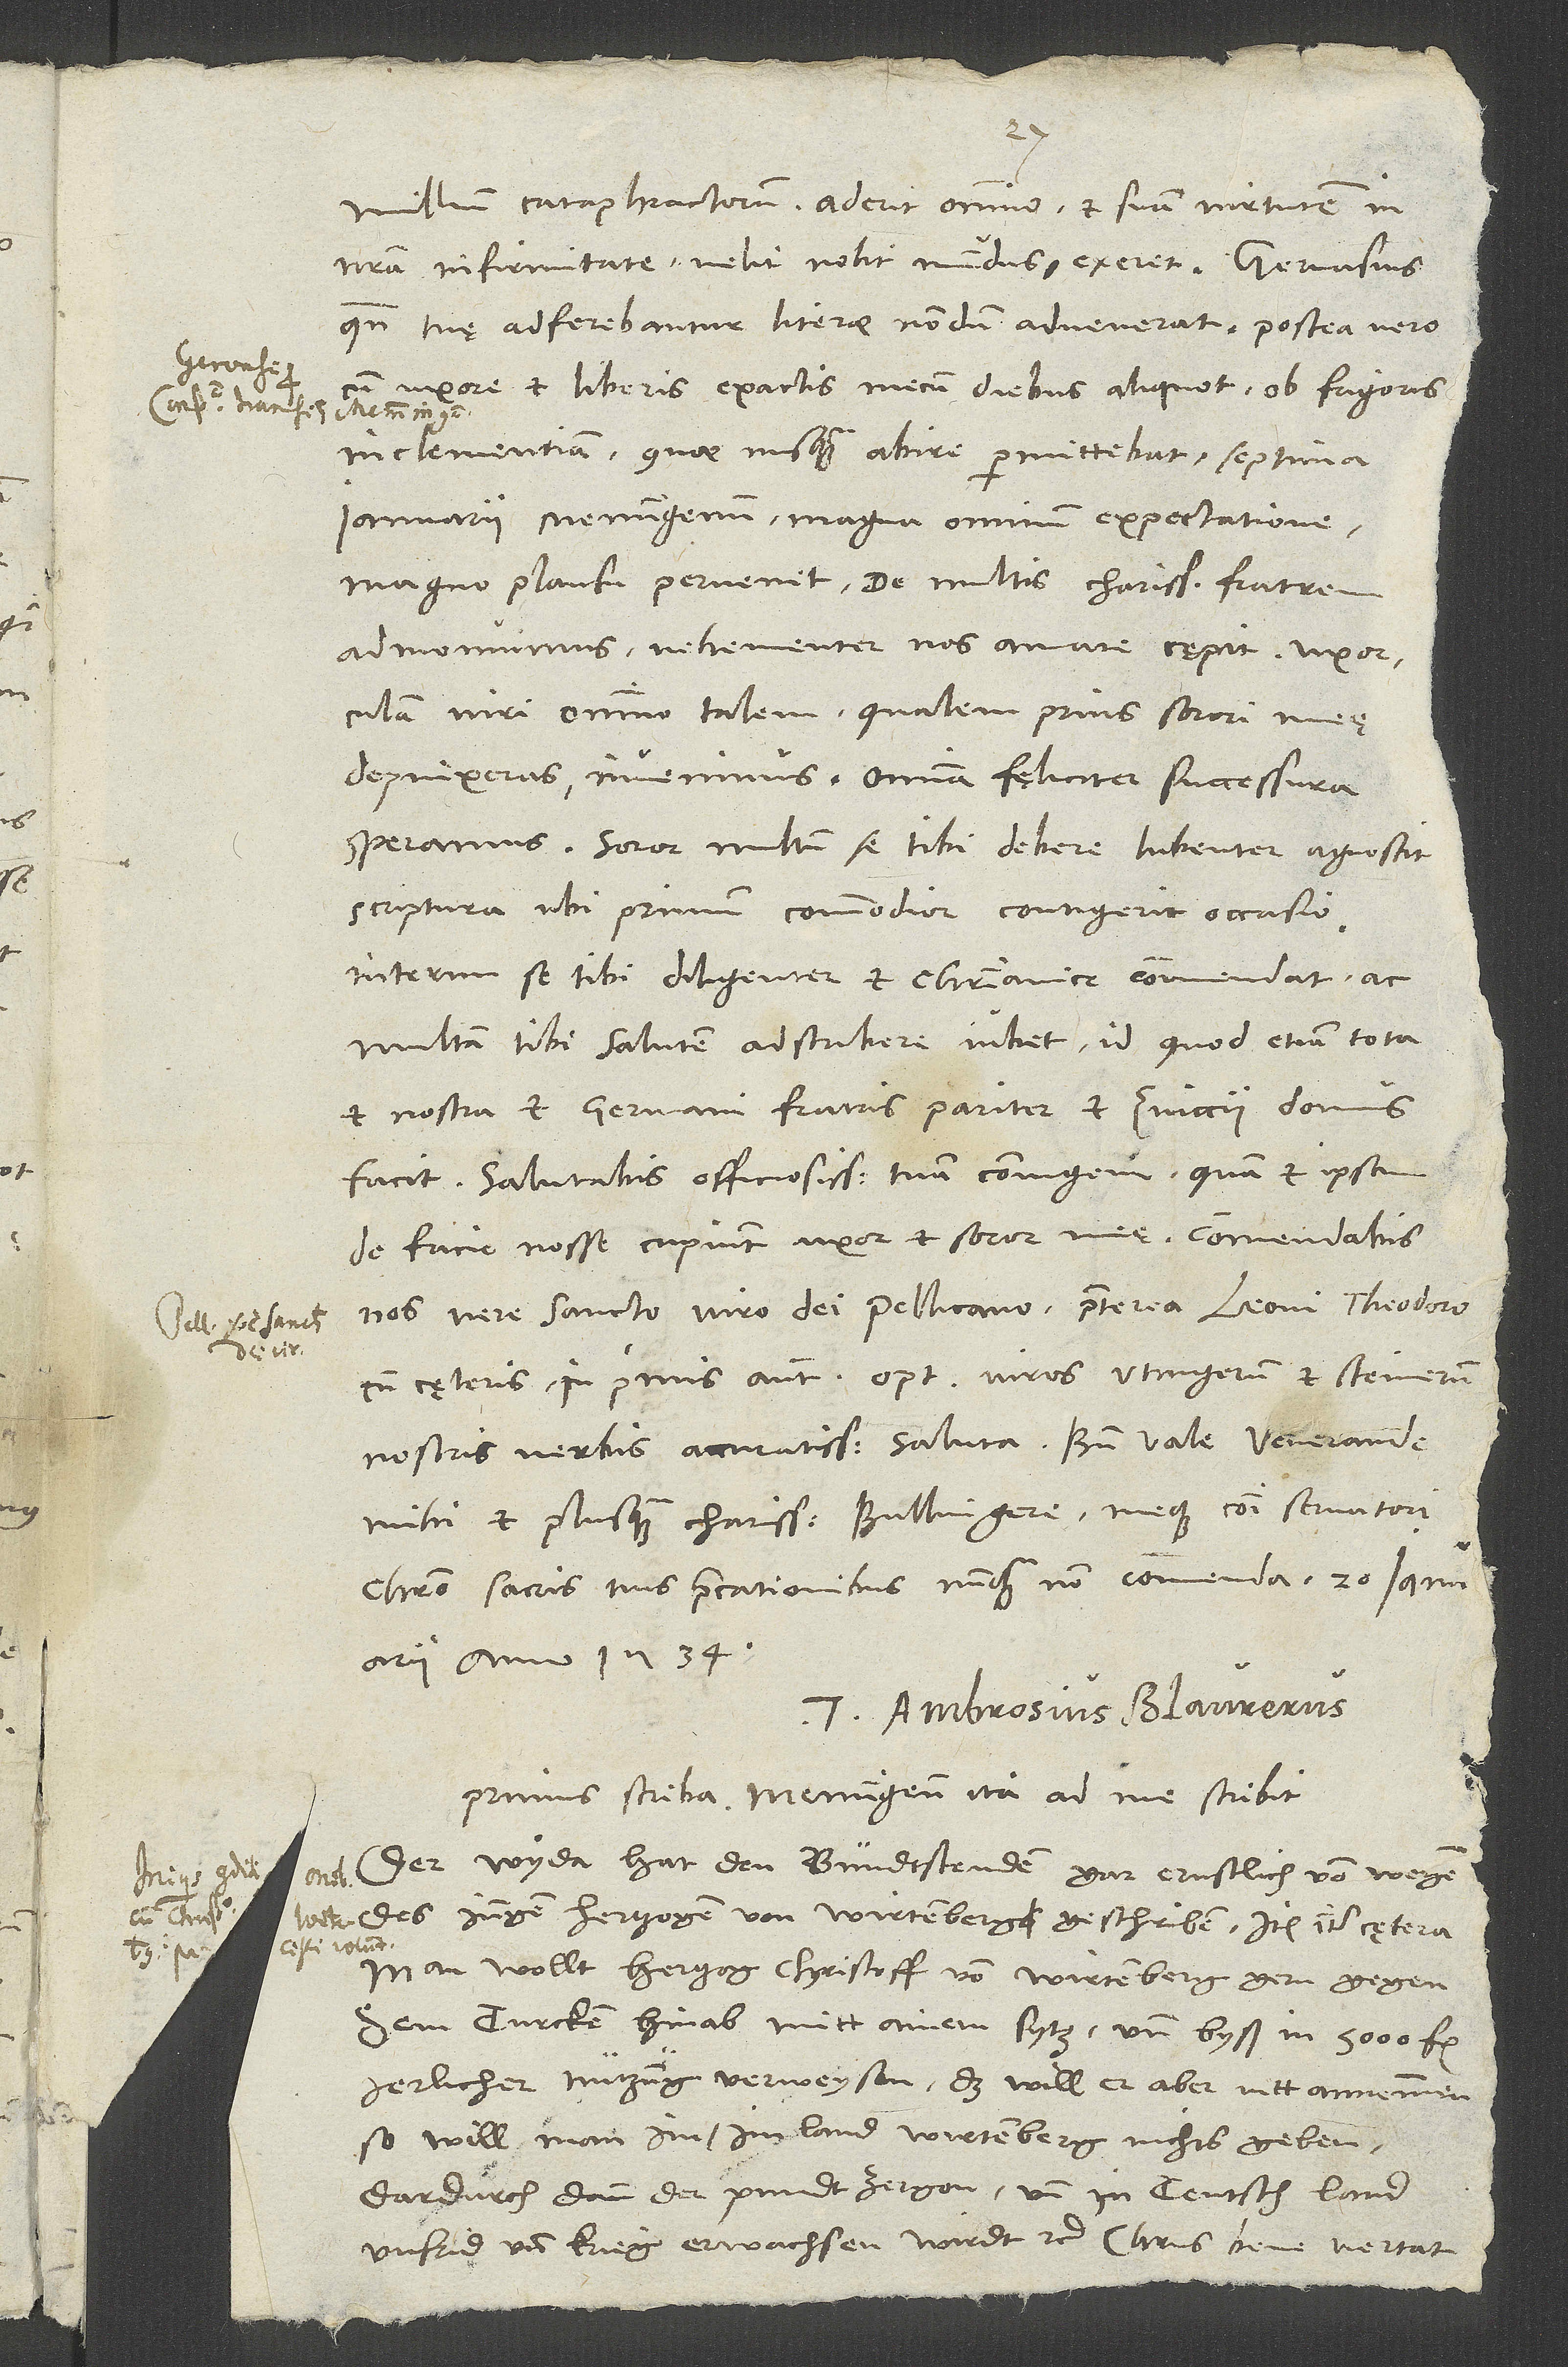
millium cataphractorum. Aderit omnino et suam virtutem in
nostra infirmitate, velit nolit mundus, exeret.
quando tuę adferebantur literae, nondum advenerat. Postea vero
Gervasius,
cum uxore et liberis exactis mecum diebus aliquot ob frigoris
inclementiam, quae nusquam abire permittebat, septima
ianuarii Memingenum magna omnium expectatione,
magno plausu pervenit. De multis charissimum fratrem
admonuimus. Vehementer nos amare cępit. Uxorculam
viri omnino talem, qualem prius sorori meę
depinxeras, invenimus. Omnia faeliciter successura
Soror multum se tibi debere libenter agnoscit
scriptura, ubi primum commodior contigerit occasio;
interim se tibi diligenter et christianice commendat ac
multam tibi salutem adscribere iubet, id quod etiam tota
et nostra et germani fratris pariter et Zvicii domus
facit. Salutabis officiosissime tuam coniugem, quam et ipsam
de facie nosse cupiant uxor et soror meae. Commendabis
nos vere sancto viro dei Pellicano, praeterea Leoni, Theodoro
cum cęteris; inprimis autem optimos viros Utingerum et Steinerum
nostris verbis accuratissime saluta. Bene vale, venerande
mihi et plus quam charissime Bullingere, meque communi servatori
Christo sacris tuis praecationibus nunquam non commenda.
Tuus Ambrosius Blaurerus.
Primus scriba Memingensis ita ad me scribit:
«Der Wyda hat den bundtstenden gar ernstlich von wegen
des jungen hertzogen von Wirtemberg geschriben». Item inter cętera:
«Man wollt hertzog Christoff von Wirtemberg gern gegen
dem Turcken hinab mitt ainem sytz und byß in 5000 fl.
jerlicher nützüng verweysen; das will er aber nitt annemmen;
so will man im im land Wirtemberg nichts geben,
dardurch dann der pundt zergon und in Teutschland
unfrid und krieg erwachsen wirdt» etc. Christus bene vertat!